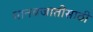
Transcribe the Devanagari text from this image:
मानवजातीसाठी